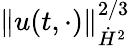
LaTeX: \| u(t,\cdot)\| _{\dot{H}^{2}}^{2/3}